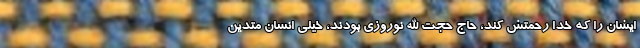
ایشان را که خدا رحمتش کند، حاج حجت الله نوروزی بودند، خیلی انسان متدین